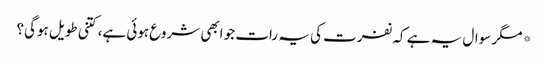
*مگر سوال یہ ہے کہ نفرت کی یہ رات جو ابھی شروع ہوئی ہے، کتنی طویل ہوگی؟